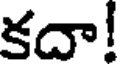
కదా!